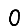
Digit: 0